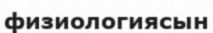
физиологиясын